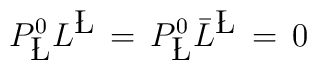
P^0_{{\bf \L } } L^{{\bf \L } }\,=\, P^0_{{\bf \L } }{\bar L}^{{\bf \L } }\,=\,0